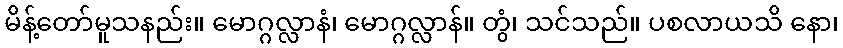
မိန့်တော်မူသနည်း။ မောဂ္ဂလ္လာနံ၊ မောဂ္ဂလ္လာန်။ တွံ၊ သင်သည်။ ပစလာယသိ နော၊